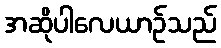
အဆိုပါလေယာဉ်သည်